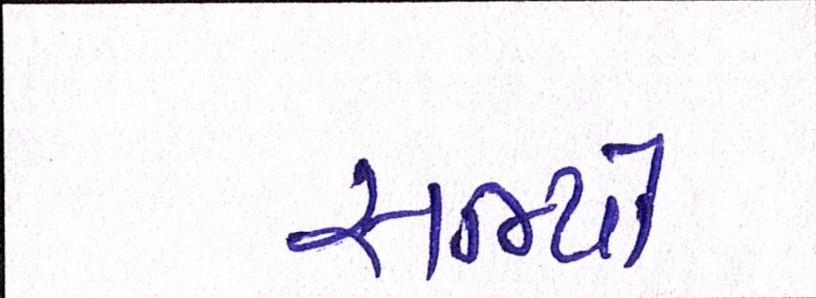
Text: સભ્યો